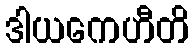
ဒါယကေဟီတိ